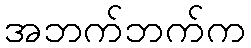
အဘက်ဘက်က